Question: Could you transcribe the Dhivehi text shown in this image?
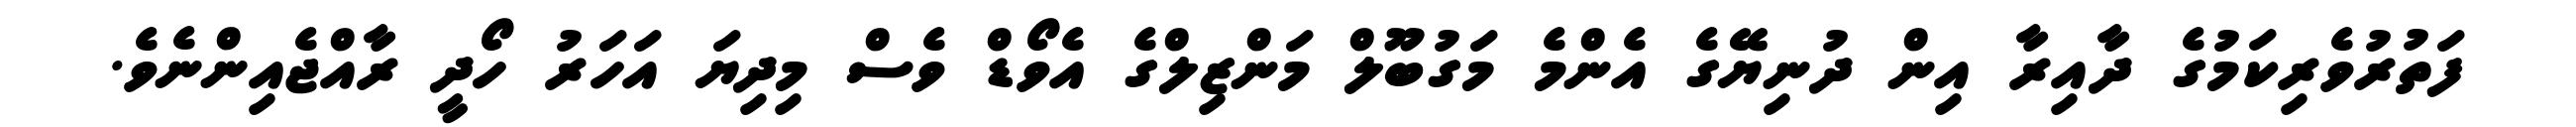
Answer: ފަތުރުވެރިކަމުގެ ދާއިރާ އިން ދުނިޔޭގެ އެންމެ މަގުބޫލް މަންޒިލްގެ އެވޯޑް ވެސް މިދިޔަ އަހަރު ހޯދީ ރާއްޖެއިންނެވެ.